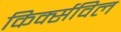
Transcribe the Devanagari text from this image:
किर्क्सविल